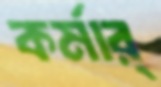
কর্মার্